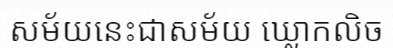
សម័យនេះជាសម័យ ឃ្លោកលិច